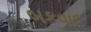
બકવાદ